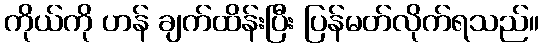
ကိုယ်ကို ဟန် ချက်ထိန်းပြီး ပြန်မတ်လိုက်ရသည်။